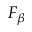
F _ { \beta }